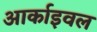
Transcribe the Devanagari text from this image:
आर्काइवल